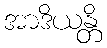
အာဒိယန္တိ